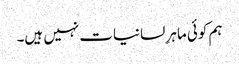
ہم کوئی ماہرِ لسانیات نہیں ہیں۔